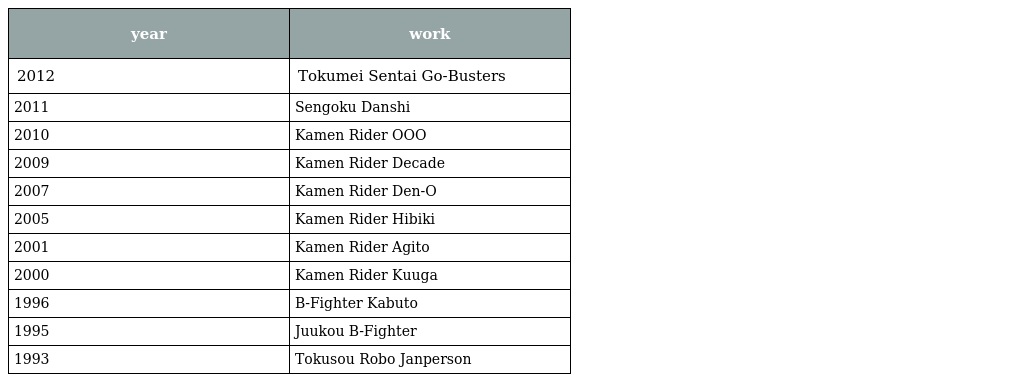
| year | work |
 | --- | --- |
 | 2012 | Tokumei Sentai Go-Busters |
 | 2011 | Sengoku Danshi |
 | 2010 | Kamen Rider OOO |
 | 2009 | Kamen Rider Decade |
 | 2007 | Kamen Rider Den-O |
 | 2005 | Kamen Rider Hibiki |
 | 2001 | Kamen Rider Agito |
 | 2000 | Kamen Rider Kuuga |
 | 1996 | B-Fighter Kabuto |
 | 1995 | Juukou B-Fighter |
 | 1993 | Tokusou Robo Janperson |